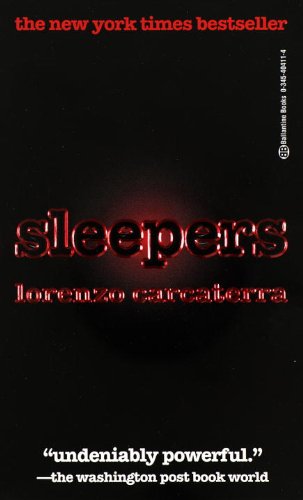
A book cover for Sleepers; Lorenzo Carcaterra; Biographies & Memoirs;